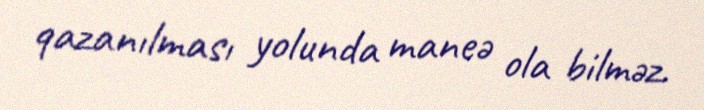
qazanılması yolunda maneə ola bilməz.